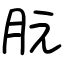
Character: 朊